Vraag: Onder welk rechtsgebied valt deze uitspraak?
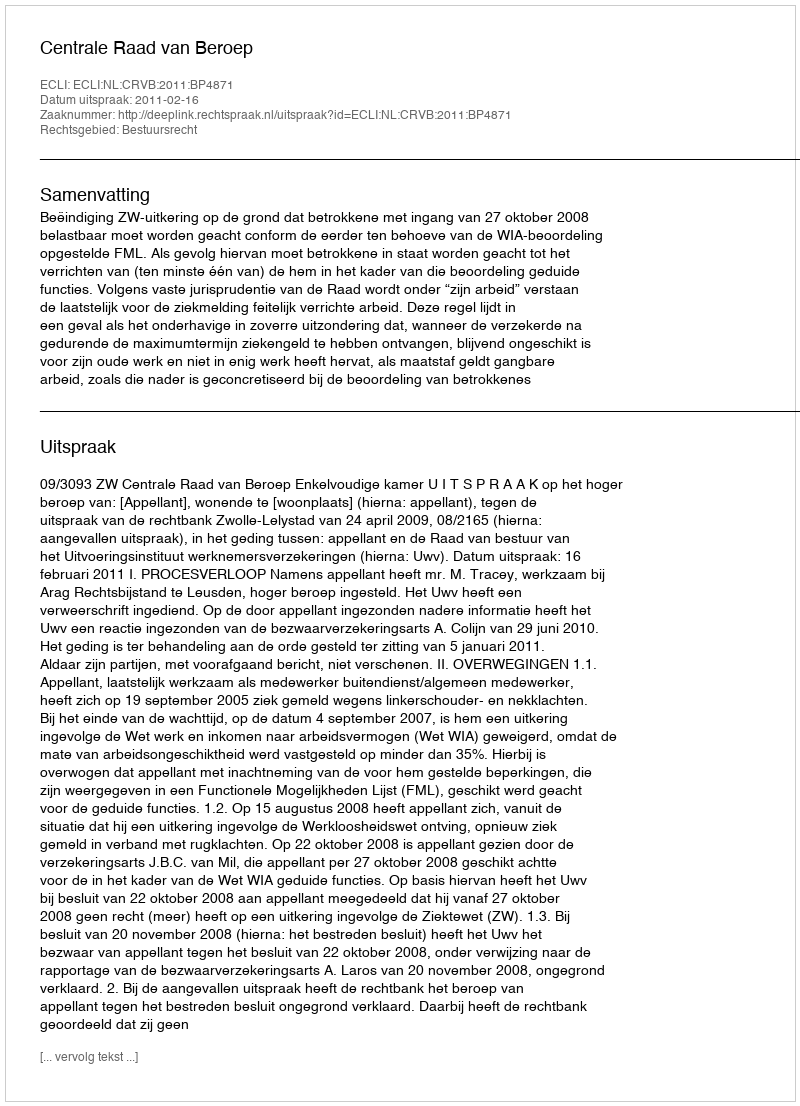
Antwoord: Bestuursrecht